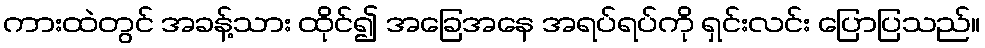
ကားထဲတွင် အခန့်သား ထိုင်၍ အခြေအနေ အရပ်ရပ်ကို ရှင်းလင်း ပြောပြသည်။